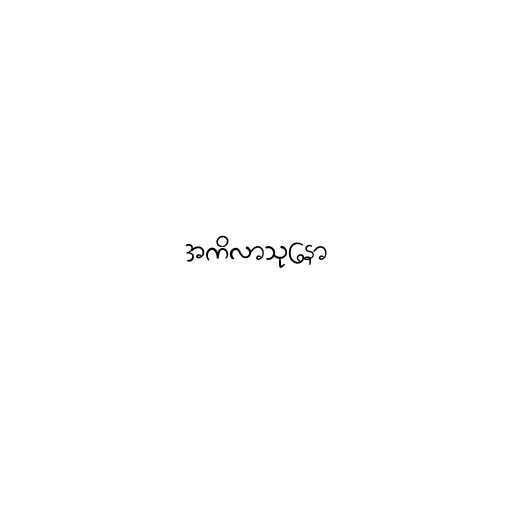
အကိလာသုနော